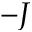
- J